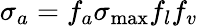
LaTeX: \sigma_{a}=f_{a}\sigma_{\operatorname*{max}}f_{l}f_{v}